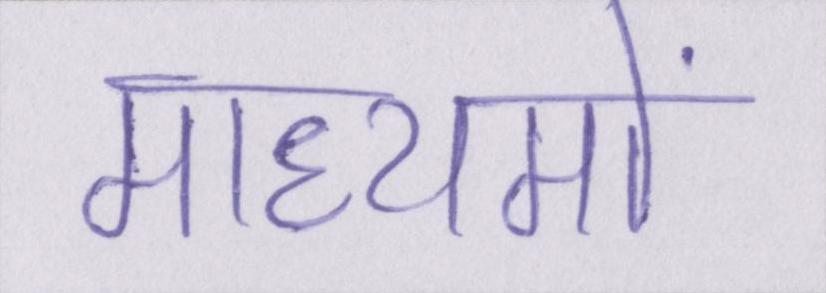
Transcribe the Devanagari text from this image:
माध्यमों